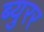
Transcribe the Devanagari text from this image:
ब्युरर